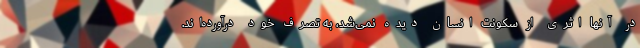
در آنها اثری از سکونت انسان دیده نمی‌شد، به تصرف خود درآورده‌اند.